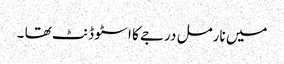
میں نارمل درجے کا ا سٹو ڈنٹ تھا ۔